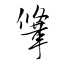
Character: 鞗